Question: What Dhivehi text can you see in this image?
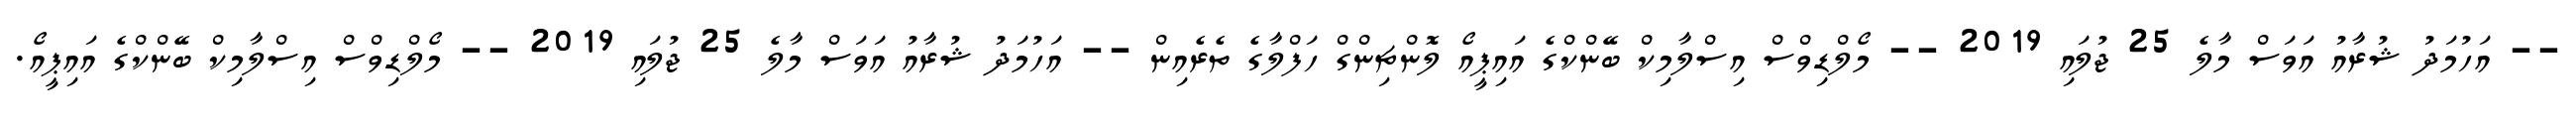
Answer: -- އަހުމަދު ޝުރާއު އަވަސް މާލެ 25 ޖުލައި 2019 -- މޯލްޑިވްސް އިސްލާމިކް ބޭންކްގެ އައިޕީއޯ ލޮންޗިންގް ހަފްލާގެ ތެރެއިން -- އަހުމަދު ޝުރާއު އަވަސް މާލެ 25 ޖުލައި 2019 -- މޯލްޑިވްސް އިސްލާމިކް ބޭންކްގެ އައިޕީއޯ.